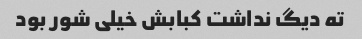
ته دیگ نداشت کبابش خیلی شور بود